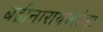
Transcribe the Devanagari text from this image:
बद्रीनारायणांना